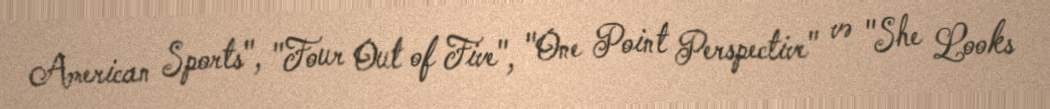
American Sports", "Four Out of Five", "One Point Perspective" və "She Looks